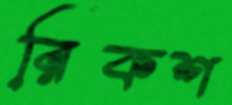
রিকশ